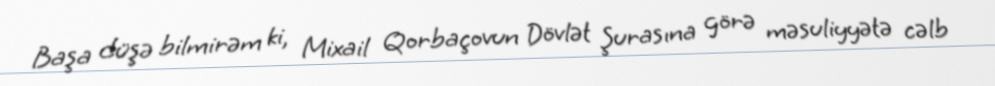
Başa düşə bilmirəm ki, Mixail Qorbaçovun Dövlət Şurasına görə məsuliyyətə cəlb